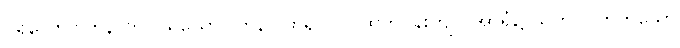
ပရိယောဂါဟနာတိ၊ ပရိယောဂါဟနာ ဟူ၍။ ဝါ၊ ထက်ဝန်းကျင် အာရုံ၌ သက်ဝင်တတ်သော